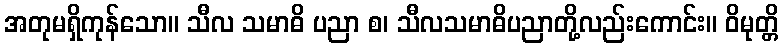
အတုမရှိကုန်သော။ သီလ သမာဓိ ပညာ စ၊ သီလသမာဓိပညာတို့လည်းကောင်း။ ဝိမုတ္တိ